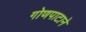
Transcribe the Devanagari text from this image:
गोणपाटाने